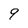
Character: 9